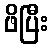
ဖိပြီး